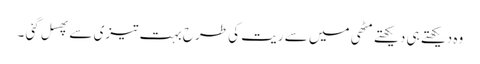
وہ دیکھتے ہی دیکھتے مٹھی میں سے ریت کی طرح بہت تیزی سے پھسل گئی ۔